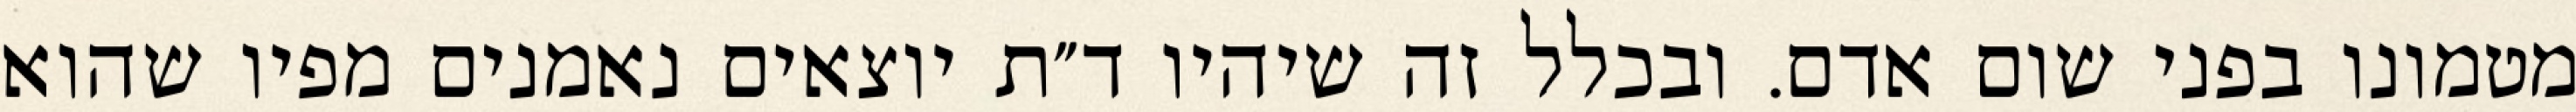
מטמונו בפני שום אדם. ובכלל זה שיהיו ד״ת יוצאים נאמנים מפיו שהוא